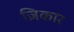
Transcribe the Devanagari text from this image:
ज़िकार